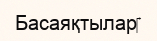
Басаяқтылар‎